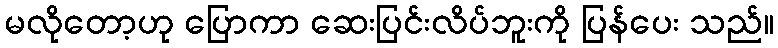
မလိုတော့ဟု ပြောကာ ဆေးပြင်းလိပ်ဘူးကို ပြန်ပေး သည်။